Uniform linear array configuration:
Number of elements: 24
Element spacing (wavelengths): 0.5
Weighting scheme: kaiser
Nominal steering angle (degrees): -45
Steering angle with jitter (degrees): -46.161
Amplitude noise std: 0.05
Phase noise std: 0.05

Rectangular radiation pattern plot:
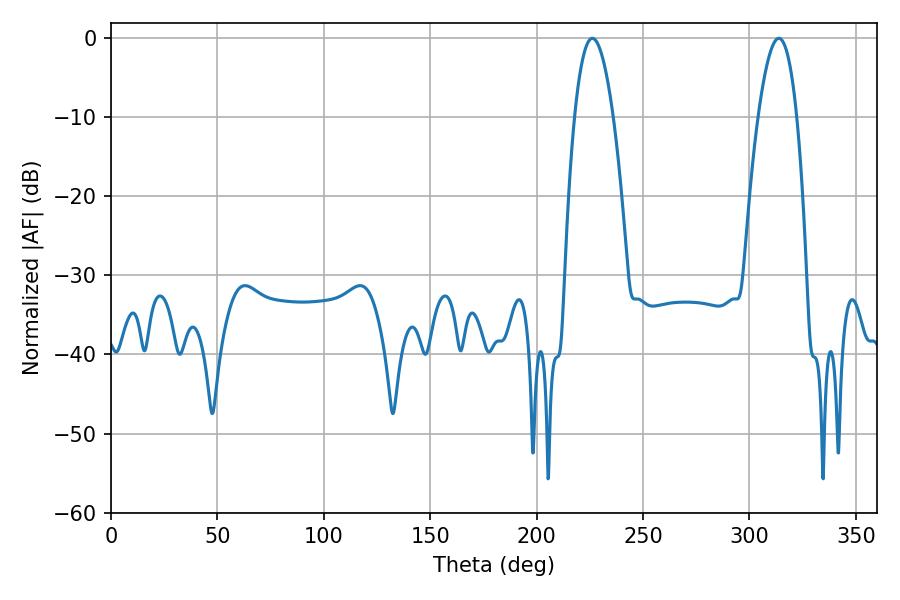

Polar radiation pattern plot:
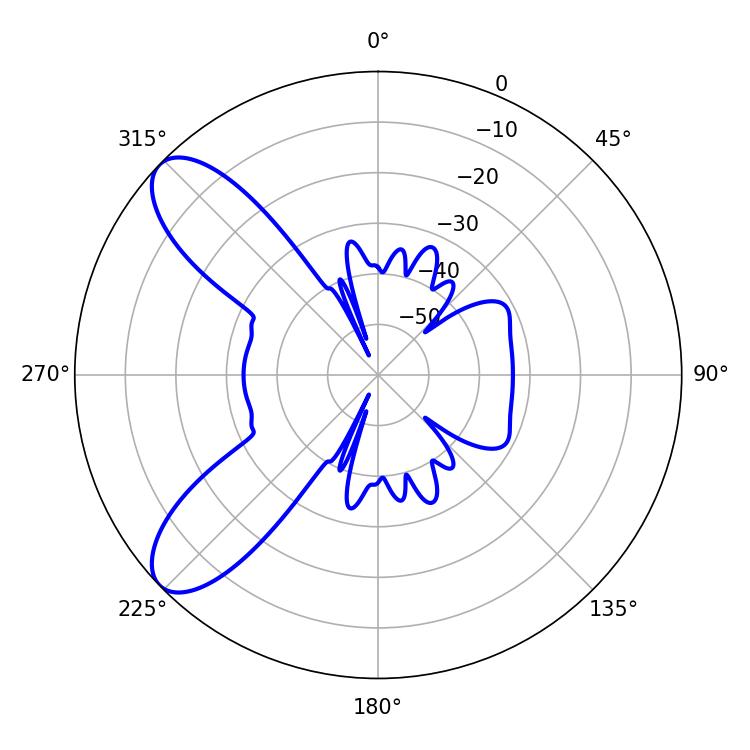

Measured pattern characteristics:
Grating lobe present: FALSE
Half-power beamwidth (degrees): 10.08
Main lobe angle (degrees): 313.74